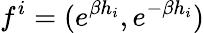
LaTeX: f^{i}=(e^{\beta h_{i}},e^{-\beta h_{i}})